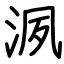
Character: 洬